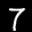
Label: 7